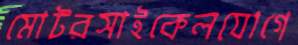
মোটরসাইকেলযোগে